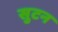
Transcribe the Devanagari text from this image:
सुटन